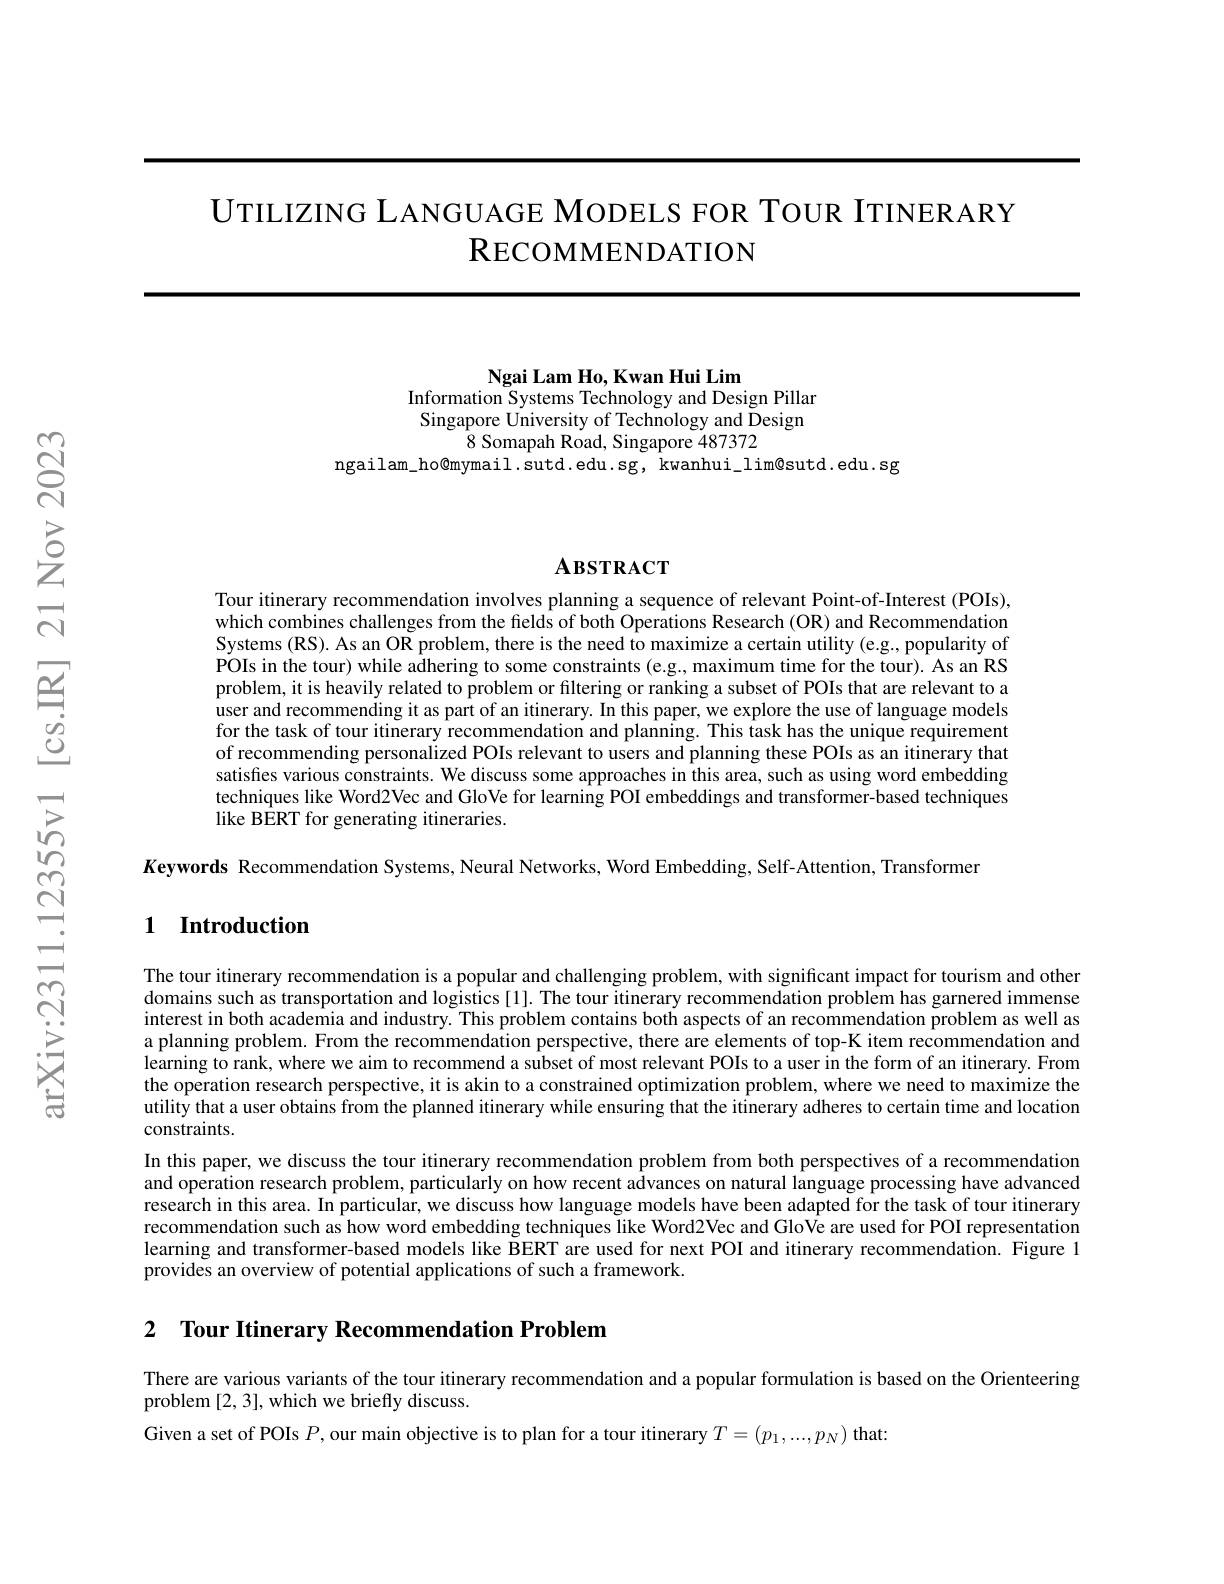
UTILIZING LANGUAGE MODELS FOR TOUR ITINERARY
$\mathbf{R}$ECOMMENDATION

Ngai Lam Ho, Kwan Hui Lim
Information Systems Technology and Design Pillar

Singapore University of Technology and Design
$\hat{8}$ Somapah Road, Singapore 487372
ngailam\_ho@mymail.sutd.edu.sg, kwanhui\_lim@sutd.edu.sg

## $\mathbf{A}\mathbf{B}\mathbf{S}\mathbf{T}\mathbf{R}\mathbf{A}\mathbf{C}\mathbf{T}$

Tour itinerary recommendation involves planning a sequence of relevant Point-of-Interest (POIs), which combines challenges from the fields of both Operations Research (OR) and Recommendation Systems (RS). As an OR problem, there is the need to maximize a certain utility (e.g., popularity of POIs in the tour) while adhering to some constraints (e.g., maximum time for the tour). As an RS problem, it is heavily related to problem or filtering or ranking a subset of POIs that are relevant to a user and recommending it as part of an itinerary. In this paper, we explore the use of language models for the task of tour itinerary recommendation and planning. This task has the unique requirement of recommending personalized POIs relevant to users and planning these POIs as an itinerary that satisfes various constraints. We discuss some approaches in this area, such as using word embedding techniques like Word2Vec and GloVe for learning POI embeddings and transformer-based techniques like BERT for generating itineraries.

$K$eywords Recommendation Systems, Neural Networks, Word Embedding, Self-Attention, Transformer

### 1 Introduction

The tour itinerary recommendation is a popular and challenging problem, with significant impact for tourism and other domains such as transportation and logistics[1]. The tour itinerary recommendation problem has garnered immense interest in both academia and industry. This problem contains both aspects of an recommendation problem as well as a planning problem. From the recommendation perspective, there are elements of top-K item recommendation and learning to rank, where we aim to recommend a subset of most relevant POIs to a user in the form of an itinerary. From the operation research perspective, it is akin to a constrained optimization problem, where we need to maximize the utility that a user obtains from the planned itinerary while ensuring that the itinerary adheres to certain time and location constraints.
In this paper, we discuss the tour itinerary recommendation problem from both perspectives of a recommendation and operation research problem, particularly on how recent advances on natural language processing have advanced research in this area. In particular, we discuss how language models have been adapted for the task of tour itinerary recommendation such as how word embedding techniques like Word2Vec and GloVe are used for POI representation learning and transformer-based models like BERT are used for next POI and itinerary recommendation. Figure 1 provides an overview of potential applications of such a framework.

2 Tour Itinerary Recommendation Problem

There are various variants of the tour itinerary recommendation and a popular formulation is based on the Orienteering
problem [2,3],which we briefly discuss.
Given a set of POIs $P$, our main objective is to plan for a tour itinerary $T=(p_1,...,p_N)$ that: